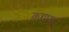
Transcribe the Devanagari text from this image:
कगाया